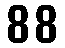
88